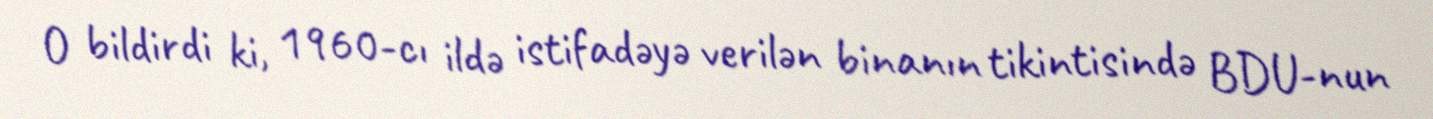
O bildirdi ki, 1960-cı ildə istifadəyə verilən binanın tikintisində BDU-nun